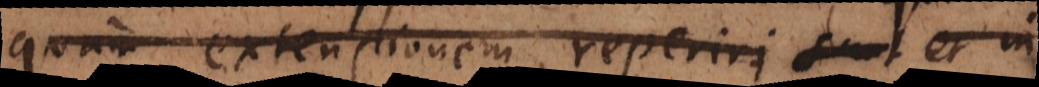
quam extensionem reperiri sunt et in